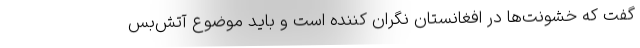
گفت که خشونت‌ها در افغانستان نگران کننده‌ است و باید موضوع آتش‌بس